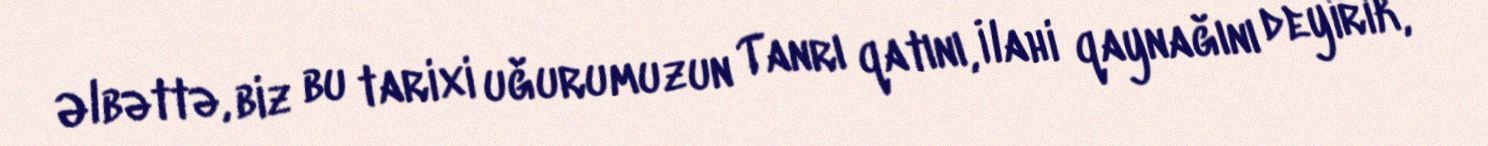
Əlbəttə, biz bu tarixi uğurumuzun Tanrı qatını, İlahi qaynağını deyirik,